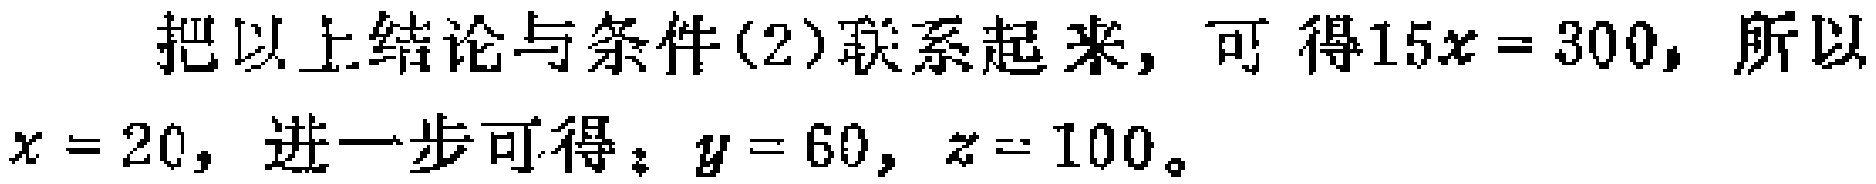
把以上结论与条件(2)联系起来，可得\(15x = 300\)，所以\(x = 20\)，进一步可得：\(y = 60\)，\(z = 100\)。